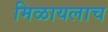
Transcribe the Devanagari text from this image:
मिळायलाच